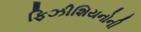
ફિઝીશિયનોની